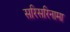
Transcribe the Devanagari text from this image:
सरिसरिनामा